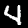
Label: 4